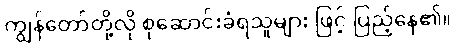
ကျွန်တော်တို့လို စုဆောင်းခံရသူများ ဖြင့် ပြည့်နေ၏။